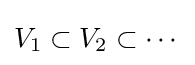
V_{1}\subset V_{2}\subset \cdots